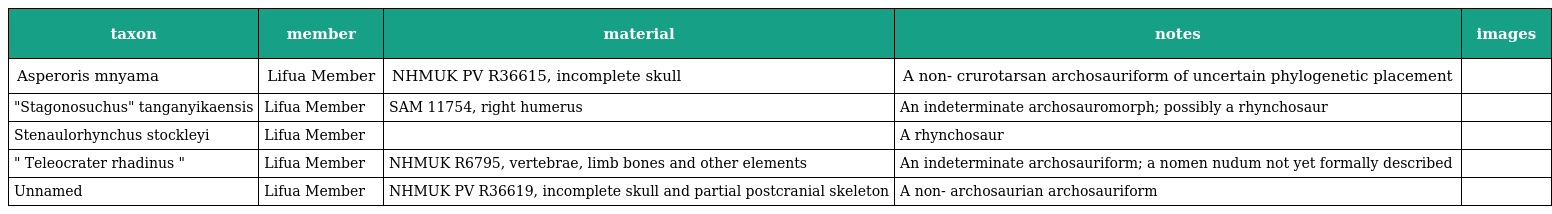
| taxon | member | material | notes | images |
 | --- | --- | --- | --- | --- |
 | Asperoris mnyama | Lifua Member | NHMUK PV R36615, incomplete skull | A non- crurotarsan archosauriform of uncertain phylogenetic placement |  |
 | "Stagonosuchus" tanganyikaensis | Lifua Member | SAM 11754, right humerus | An indeterminate archosauromorph; possibly a rhynchosaur |  |
 | Stenaulorhynchus stockleyi | Lifua Member |  | A rhynchosaur |  |
 | " Teleocrater rhadinus " | Lifua Member | NHMUK R6795, vertebrae, limb bones and other elements | An indeterminate archosauriform; a nomen nudum not yet formally described |  |
 | Unnamed | Lifua Member | NHMUK PV R36619, incomplete skull and partial postcranial skeleton | A non- archosaurian archosauriform |  |